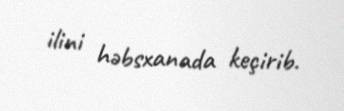
ilini həbsxanada keçirib.